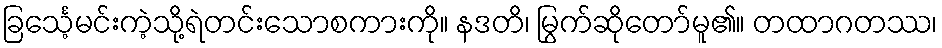
ခြင်္သေ့မင်းကဲ့သို့ရဲတင်းသောစကားကို။ နဒတိ၊ မြွက်ဆိုတော်မူ၏။ တထာဂတဿ၊